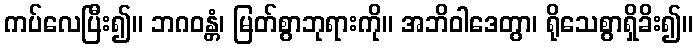
ကပ်လေပြီး၍။ ဘဂဝန္တံ၊ မြတ်စွာဘုရားကို။ အဘိဝါဒေတွာ၊ ရိုသေစွာရှိခိး၍။